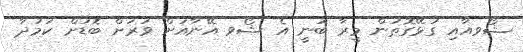
ޝޯވއާއި ގުޅޭގޮތުން މީރާ ބުނީ އެ ޝޯވ އޭނާއަށް ވަަރަށް ބޮޑަށް ކަމުދާ